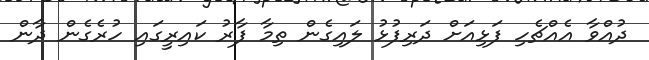
ދުއްވާ އެއްޗެހި ފަޅިއަށް ދަރިފުޅު ލައިގެން ތިމާ ފާރު ކައިރީގައި ހުރެގެން ދާން